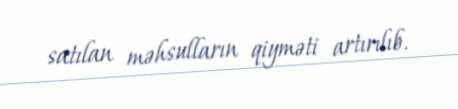
satılan məhsulların qiyməti artırılıb.